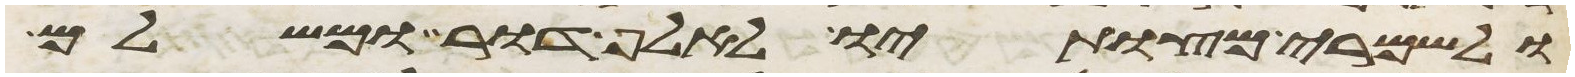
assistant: ולשמרי מצותיו לאלף דור ומשלם